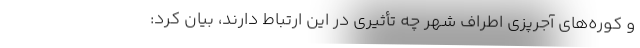
و کوره‌های آجرپزی اطراف شهر چه تأثیری در این ارتباط دارند، بیان کرد: